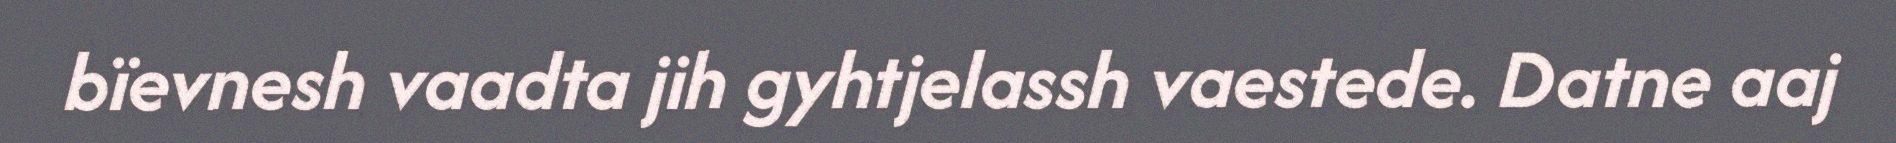
bïevnesh vaadta jih gyhtjelassh vaestede. Datne aaj